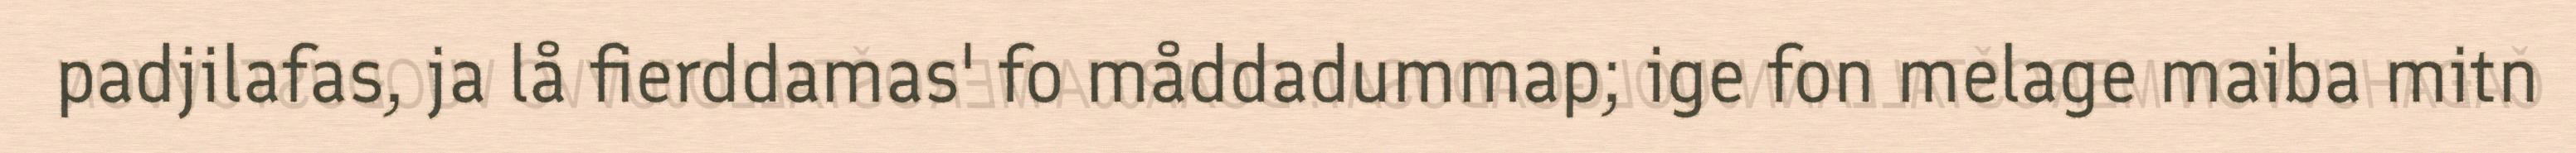
padjilafas, ja lå fierddamas' fo måddadummap; ige fon melage maiba mitn